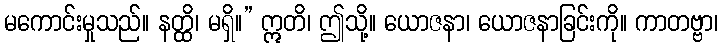
မကောင်းမှုသည်။ နတ္ထိ၊ မရှိ။” ဣတိ၊ ဤသို့။ ယောဇနာ၊ ယောဇနာခြင်းကို။ ကာတဗ္ဗာ၊